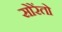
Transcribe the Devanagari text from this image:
सोरेंतो